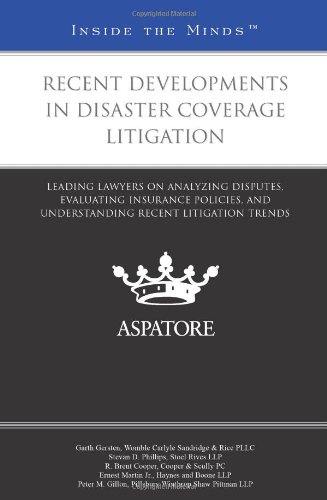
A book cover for Recent Developments in Disaster Coverage Litigation: Leading Lawyers on Analyzing Disputes, Evaluating Insurance Policies, and Understanding Recent Litigation Trends (Inside the Minds); Multiple Authors; Law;